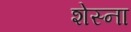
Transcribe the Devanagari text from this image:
शेस्ना